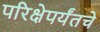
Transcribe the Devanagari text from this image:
परिक्षेपर्यंतचे